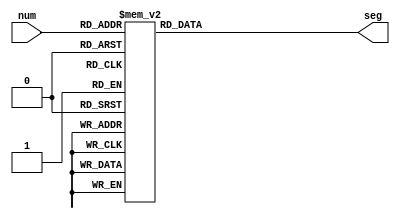
module giaima7thanh (
    input [0:3] num,
    output reg [0:6] seg
);

    always @(num) begin
        case (num)
            0 : seg = 7'b0000001;
            1 : seg = 7'b1001111;
            2 : seg = 7'b0010010;
            3 : seg = 7'b0000110;
            4 : seg = 7'b1001100;
            5 : seg = 7'b0100100;
            6 : seg = 7'b0100000;
            7 : seg = 7'b0001111;
            8 : seg = 7'b0000000;
            9 : seg = 7'b0000100;
            default: seg = 7'b1111111;
        endcase
    end

endmodule